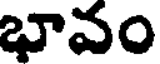
భావం